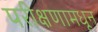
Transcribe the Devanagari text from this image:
परीक्षणामधून